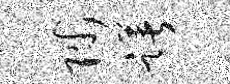
陟躇